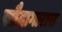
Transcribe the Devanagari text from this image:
सौदागारास